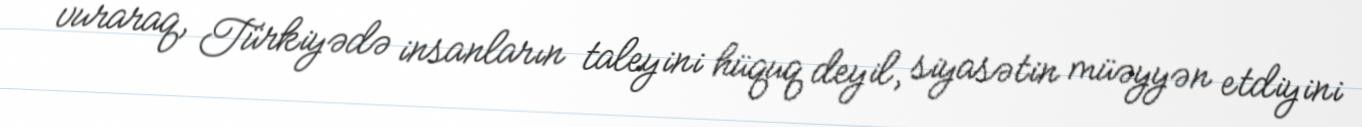
vuraraq, Türkiyədə insanların taleyini hüquq deyil, siyasətin müəyyən etdiyini